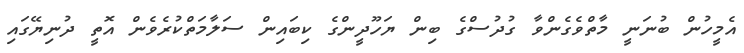
އެމީހުން ބުނަނީ މާތްވެގެންވާ ގުދުސްގެ ބިން ޔަހޫދީންގެ ކިބައިން ސަލާމަތްކުރެވެން އޮތީ ދުނިޔޭގައި